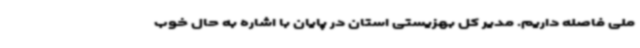
ملی فاصله داریم. مدیر کل بهزیستی استان در پایان با اشاره به حال خوب